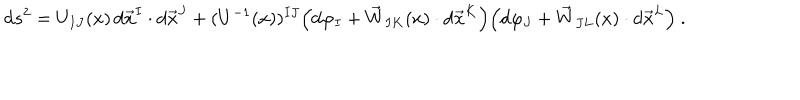
LaTeX: \mathrm { d } s ^ { 2 } = U _ { I J } ( x ) \, \mathrm { d } \vec { x } ^ { I } \cdot \mathrm { d } \vec { x } ^ { J } + ( U ^ { - 1 } ( x ) ) ^ { I J } \Big ( \mathrm { d } \varphi _ { I } + \vec { W } _ { I K } ( x ) \cdot \mathrm { d } \vec { x } ^ { K } \Big ) \Big ( \mathrm { d } \varphi _ { J } + \vec { W } _ { J L } ( x ) \cdot \mathrm { d } \vec { x } ^ { L } \Big ) \ .